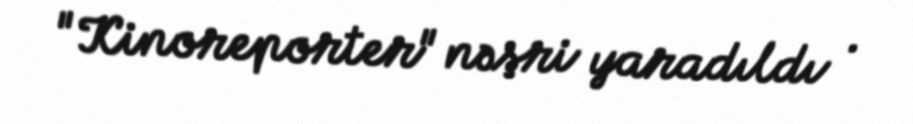
"Kinoreporter" nəşri yaradıldı .